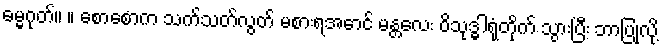
ဓမ္မဂုတ်။ ။ စောစောက သက်သတ်လွတ် မစားရအောင် မန္တလေး ဝိသုဒ္ဓါရုံတိုက် သွားပြီး ဘာပြုလို့